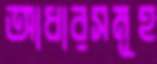
আধারসমূহ